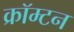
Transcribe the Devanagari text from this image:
क्रॉम्टन